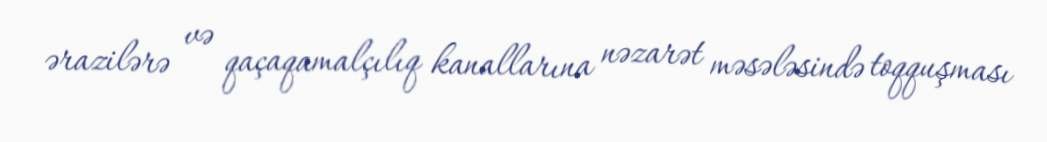
ərazilərə və qaçaqamalçılıq kanallarına nəzarət məsələsində toqquşması